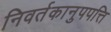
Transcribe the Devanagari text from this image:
निवर्तकानुपपत्ति